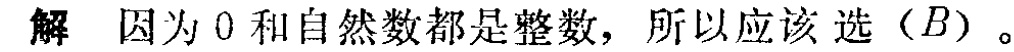
解 因为 \(0\) 和自然数都是整数，所以应该选\((B)\)。